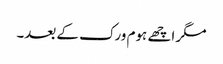
مگر اچھے ہوم ورک کے بعد۔